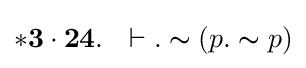
\mathbf {*3\cdot 24} .\ \ \vdash .\thicksim (p.\thicksim p)